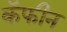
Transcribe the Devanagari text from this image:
कॅफीन